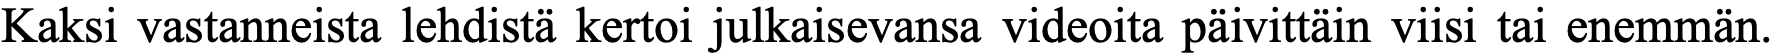
Kaksi vastanneista lehdistä kertoi julkaisevansa videoita päivittäin viisi tai enemmän.